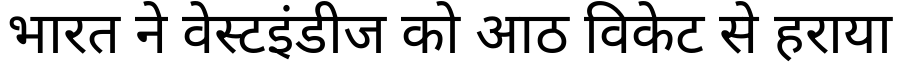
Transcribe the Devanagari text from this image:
भारत ने वेस्टइंडीज को आठ विकेट से हराया